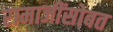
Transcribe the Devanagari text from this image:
रामाजींसोबत